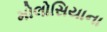
મોલોસિયાના